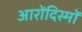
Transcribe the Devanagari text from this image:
आरोंदिस्मों